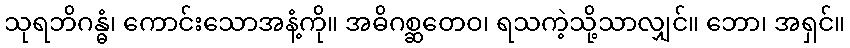
သုရဘိဂန္ဓံ၊ ကောင်းသောအနံ့ကို။ အဓိဂစ္ဆတေဝ၊ ရသကဲ့သို့သာလျှင်။ ဘော၊ အရှင်။